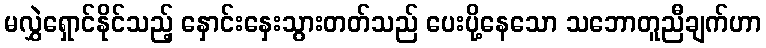
မလွှဲရှောင်နိုင်သည့် နှောင်းနှေးသွားတတ်သည် ပေးပို့နေသော သဘောတူညီချက်ဟာ